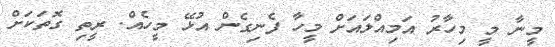
މީނާ މީ މިހާރު އަމިއްލައަށް މީހާ ފެނިގެން އުޅޭ މީހެއް. ރީތި ގޮތަކަށް